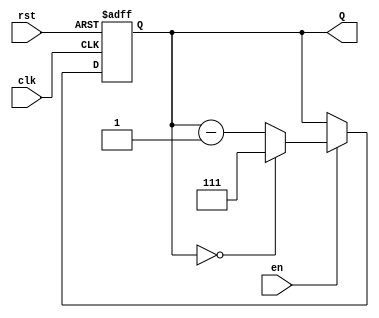
module binary_down_counter #(
    parameter WIDTH = 3,           // Width of the counter (e.g., 3 for a 3-bit counter)
    parameter MAX_COUNT = (1 << WIDTH) - 1 // Maximum count value (e.g., 7 for 3 bits)
)(
    input wire clk,                // Clock input
    input wire rst,                // Asynchronous reset input
    input wire en,                 // Enable input
    output reg [WIDTH-1:0] Q       // Counter output
);

    // Always block triggered on the rising edge of the clock or when reset is asserted
    always @(posedge clk or posedge rst) begin
        if (rst) begin
            // Reset the counter to maximum value
            Q <= MAX_COUNT;
        end else if (en) begin
            // Decrement the counter
            if (Q == 0) begin
                Q <= MAX_COUNT; // Wrap around to maximum value
            end else begin
                Q <= Q - 1; // Decrement the counter
            end
        end
    end

endmodule